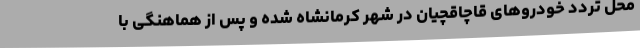
محل تردد خودروهای قاچاقچیان در شهر کرمانشاه شده و پس از هماهنگی با